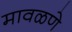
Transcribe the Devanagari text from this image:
मावळणे